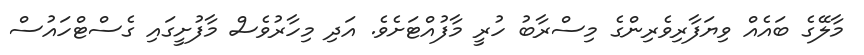
މާލޭގެ ބައެއް ވިޔަފާރިވެރިންގެ މިސްރާބު ހުރީ މާފުއްޓަށެވެ. އަދި މިހާރުވެސް މާފުށީގައި ގެސްޓްހައުސް